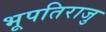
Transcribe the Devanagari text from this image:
भूपतिराजु